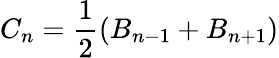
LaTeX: C_{n}=\frac{1}{2}\left(B_{n-1}+B_{n+1}\right)